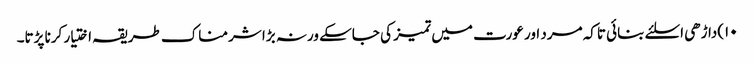
۱۰)داڑھی اسلئے بنائی تاکہ مرد اور عورت میں تمیز کی جاسکے ورنہ بڑا شرمناک طریقہ اختیار کرنا پڑتا۔